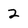
Character: 2